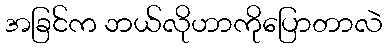
အခြင်က ဘယ်လိုဟာကိုပြောတာလဲ